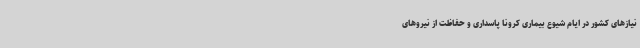
نیازهای کشور در ایام شیوع بیماری کرونا پاسداری و حفاظت از نیروهای